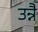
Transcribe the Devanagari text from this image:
उन्नै